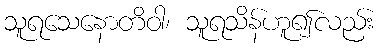
သူရသေနောတိဝါ၊ သူရသိန်ဟူ၍လည်း